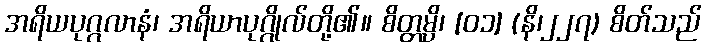
အရိယပုဂ္ဂလာနံ၊ အရိယာပုဂ္ဂိုလ်တို့၏။ စိတ္တမ္ပိ၊ [၀၁] (နိ၊၂၂၇) စိတ်သည်